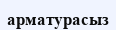
арматурасыз